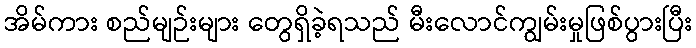
အိမ်ကား စည်မျဉ်းများ တွေရှိခဲ့ရသည် မီးလောင်ကျွမ်းမှုဖြစ်ပွားပြီး